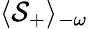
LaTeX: \langle\mathcal{S}_{+}\rangle_{-\omega}